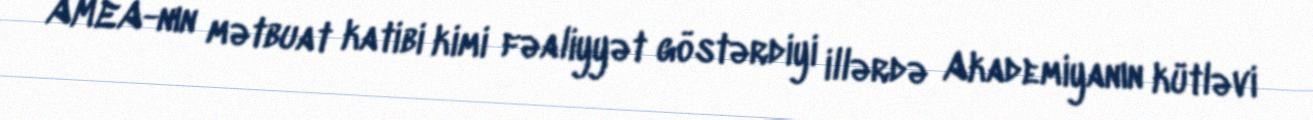
AMEA-nın mətbuat katibi kimi fəaliyyət göstərdiyi illərdə Akademiyanın kütləvi